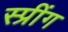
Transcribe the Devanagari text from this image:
स्प्रींग